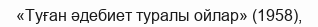
«Туған әдебиет туралы ойлар» (1958),